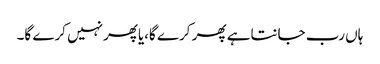
ہاں رب جانتاہے پھر کرے گا،یاپھرنہیں کرے گا۔